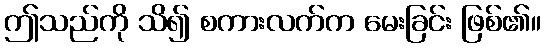
ဤသည်ကို သိ၍ စကားလက်က မေးခြင်း ဖြစ်၏။